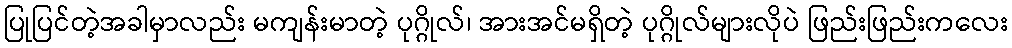
ပြုပြင်တဲ့အခါမှာလည်း မကျန်းမာတဲ့ ပုဂ္ဂိုလ်၊ အားအင်မရှိတဲ့ ပုဂ္ဂိုလ်များလိုပဲ ဖြည်းဖြည်းကလေး